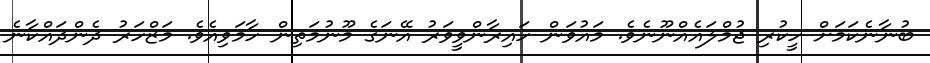
ބުނާނެކަމަށް ހީކުރި ޖުމްލައެއްނޫނެވެ. މައުވަން ހައިރާންވީވަރު އޭނަގެ މޫނުމަތިން ހާމަވިއެވެ. މަޒްހަރު ދެންދައްކާނެ